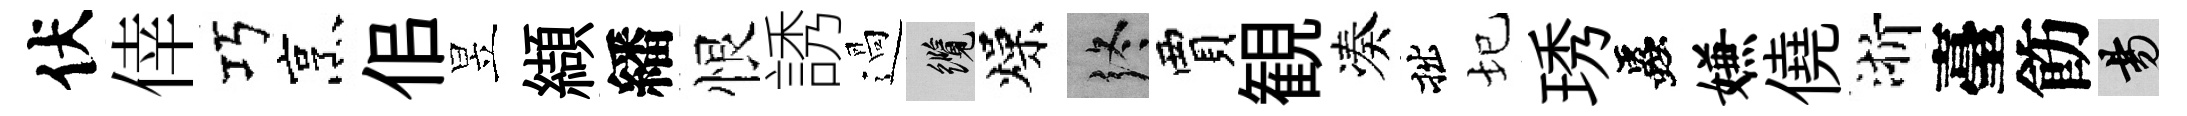
伏倖巧烹佀昱纈繙恨誘過纜燥终賈観凑拙圮琇蟲嫌僥浙臺飭昜